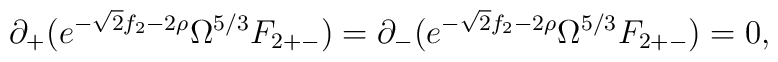
\partial_+ ( e^{-\sqrt{2} f_2 -2 \rho} \Omega^{5/3} F_{2 +-} )= \partial_- ( e^{-\sqrt{2} f_2 -2 \rho} \Omega^{5/3} F_{2 +-} ) = 0 ,